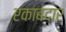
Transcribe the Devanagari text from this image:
रकाबदार